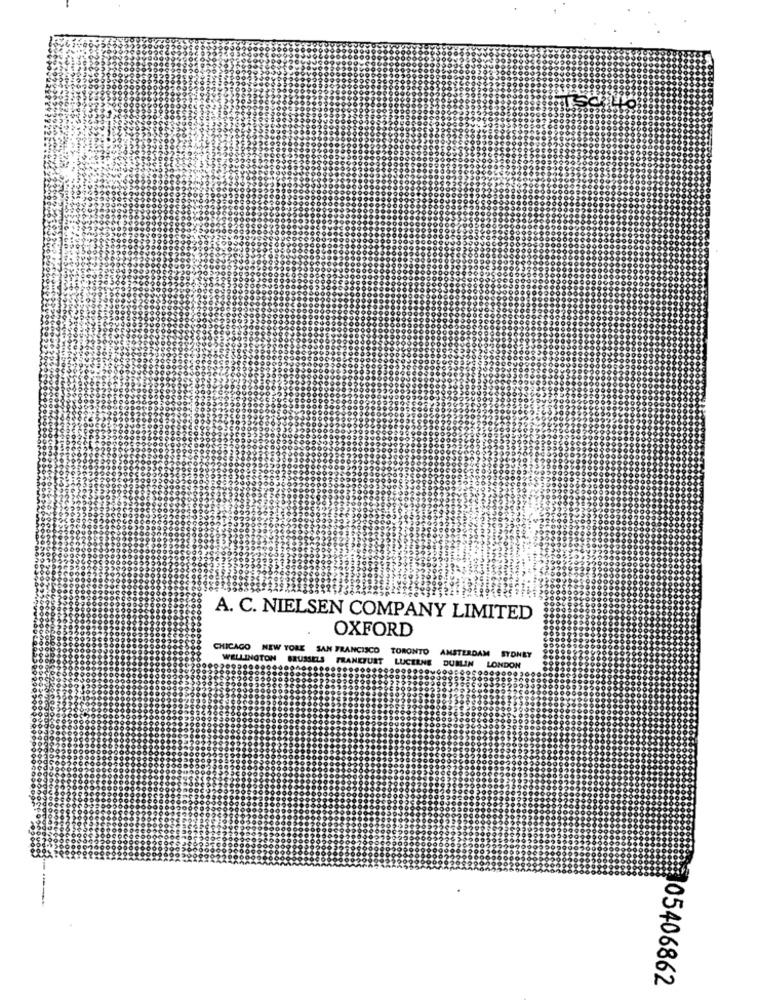
A. C. NIELSEN COMPANY LIMITED
OXFORD
CHICAGO NEW YORE SAN FRANCISCO TORONTO AMSTERDAM SYDNEY
WELLINGTON BRUSSELS FRANKFURT LUCERNE DUBLIN LONDON
05406862